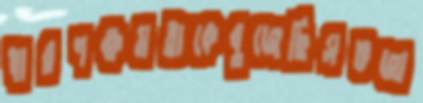
ধারণক্ষমতাকেবুজেছিসভজা